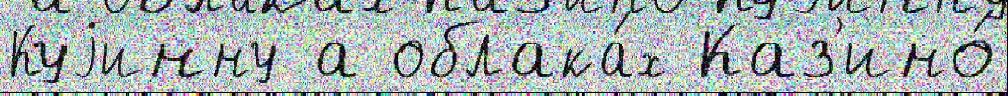
Куjинну а облака́х Каз'ино́